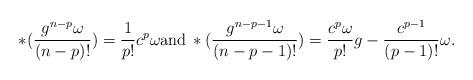
LaTeX: \begin{align*}*({g^{n-p}\omega\over (n-p)!})={1\over p!}c^p\omega{\rm and}\,*({g^{n-p-1}\omega\over (n-p-1)!})={c^p\omega\over p!} g-{c^{p-1}\over (p-1)!}\omega.\end{align*}